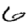
Digit: 6